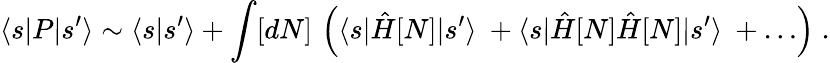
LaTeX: \langle s|P|s^{\prime}\rangle\sim\langle s|s^{\prime}\rangle+\int[dN]\, \left(\langle s|\hat{H}[N]|s^{\prime}\rangle\ +\langle s|\hat{H}[N]\hat{H}[N]|s^{\prime}\rangle\ +\ldots\right)\; .